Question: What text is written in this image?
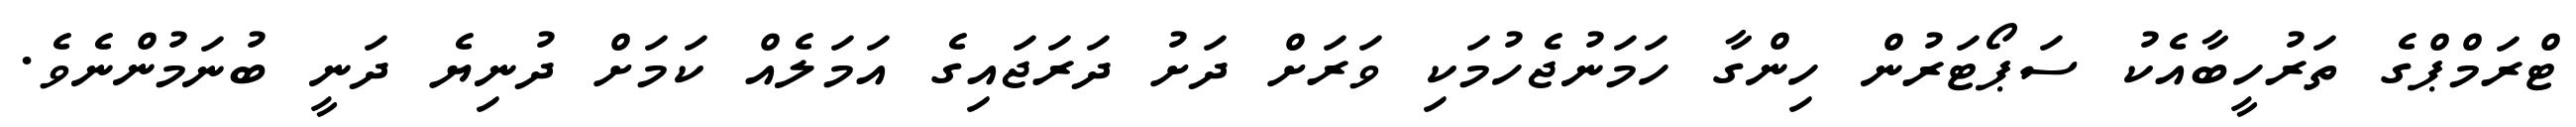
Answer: ޓްރަމްޕްގެ ތަރުހީބާއެކު ސަޕޯޓަރުން ހިންގާ ހަމަނުޖެހުމަކި ވަރަށް ދަށު ދަރަޖައިގެ އަމަލެއް ކަމަށް ދުނިޔެ ދަނީ ބުނަމުންނެވެ.